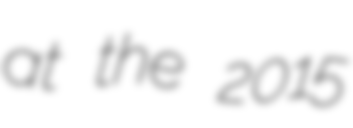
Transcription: at the 2015